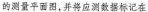
的测量平面图，并将应测数据标记在